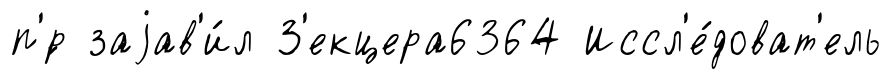
п'́р заjав'и́л З'екцера6364 Иссл'е́доват'ель